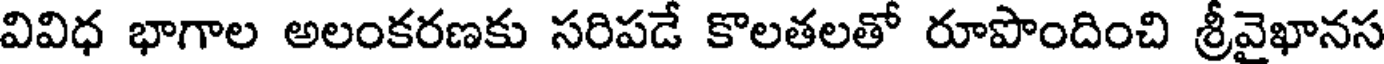
వివిధ భాగాల అలంకరణకు సరిపడే కొలతలతో రూపొందించి శ్రీవైఖానస